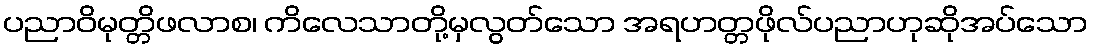
ပညာဝိမုတ္တိဖလာစ၊ ကိလေသာတို့မှလွတ်သော အရဟတ္တဖိုလ်ပညာဟုဆိုအပ်သော